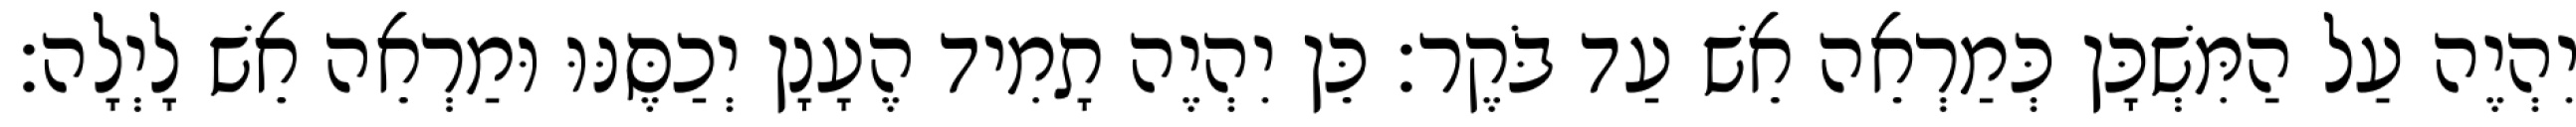
יִהְיֶה עַל הַמִּשְׁכָּן כְּמַרְאֵה אֵשׁ עַד בֹּקֶר׃ כֵּן יִהְיֶה תָמִיד הֶעָנָן יְכַסֶּנּוּ וּמַרְאֵה אֵשׁ לָיְלָה׃